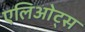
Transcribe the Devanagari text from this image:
एलिओट्स